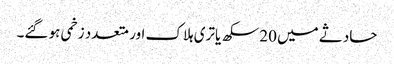
حادثے میں 20 سکھ یاتری ہلاک اور متعدد زخمی ہو گئے۔